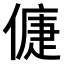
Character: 𠌿